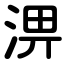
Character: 淠